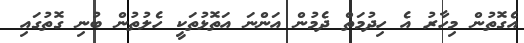
އެގޮތުން މިހާރު އެ ހިދުމަތް ދެމުން އަންނަ އަތޮޅުތަކީ ހެލުތުން ބުނި ގޮތުގައި